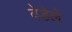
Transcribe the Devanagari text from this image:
वेडेले